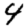
Digit: 4